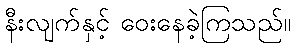
နီးလျက်နှင့် ဝေးနေခဲ့ကြသည်။